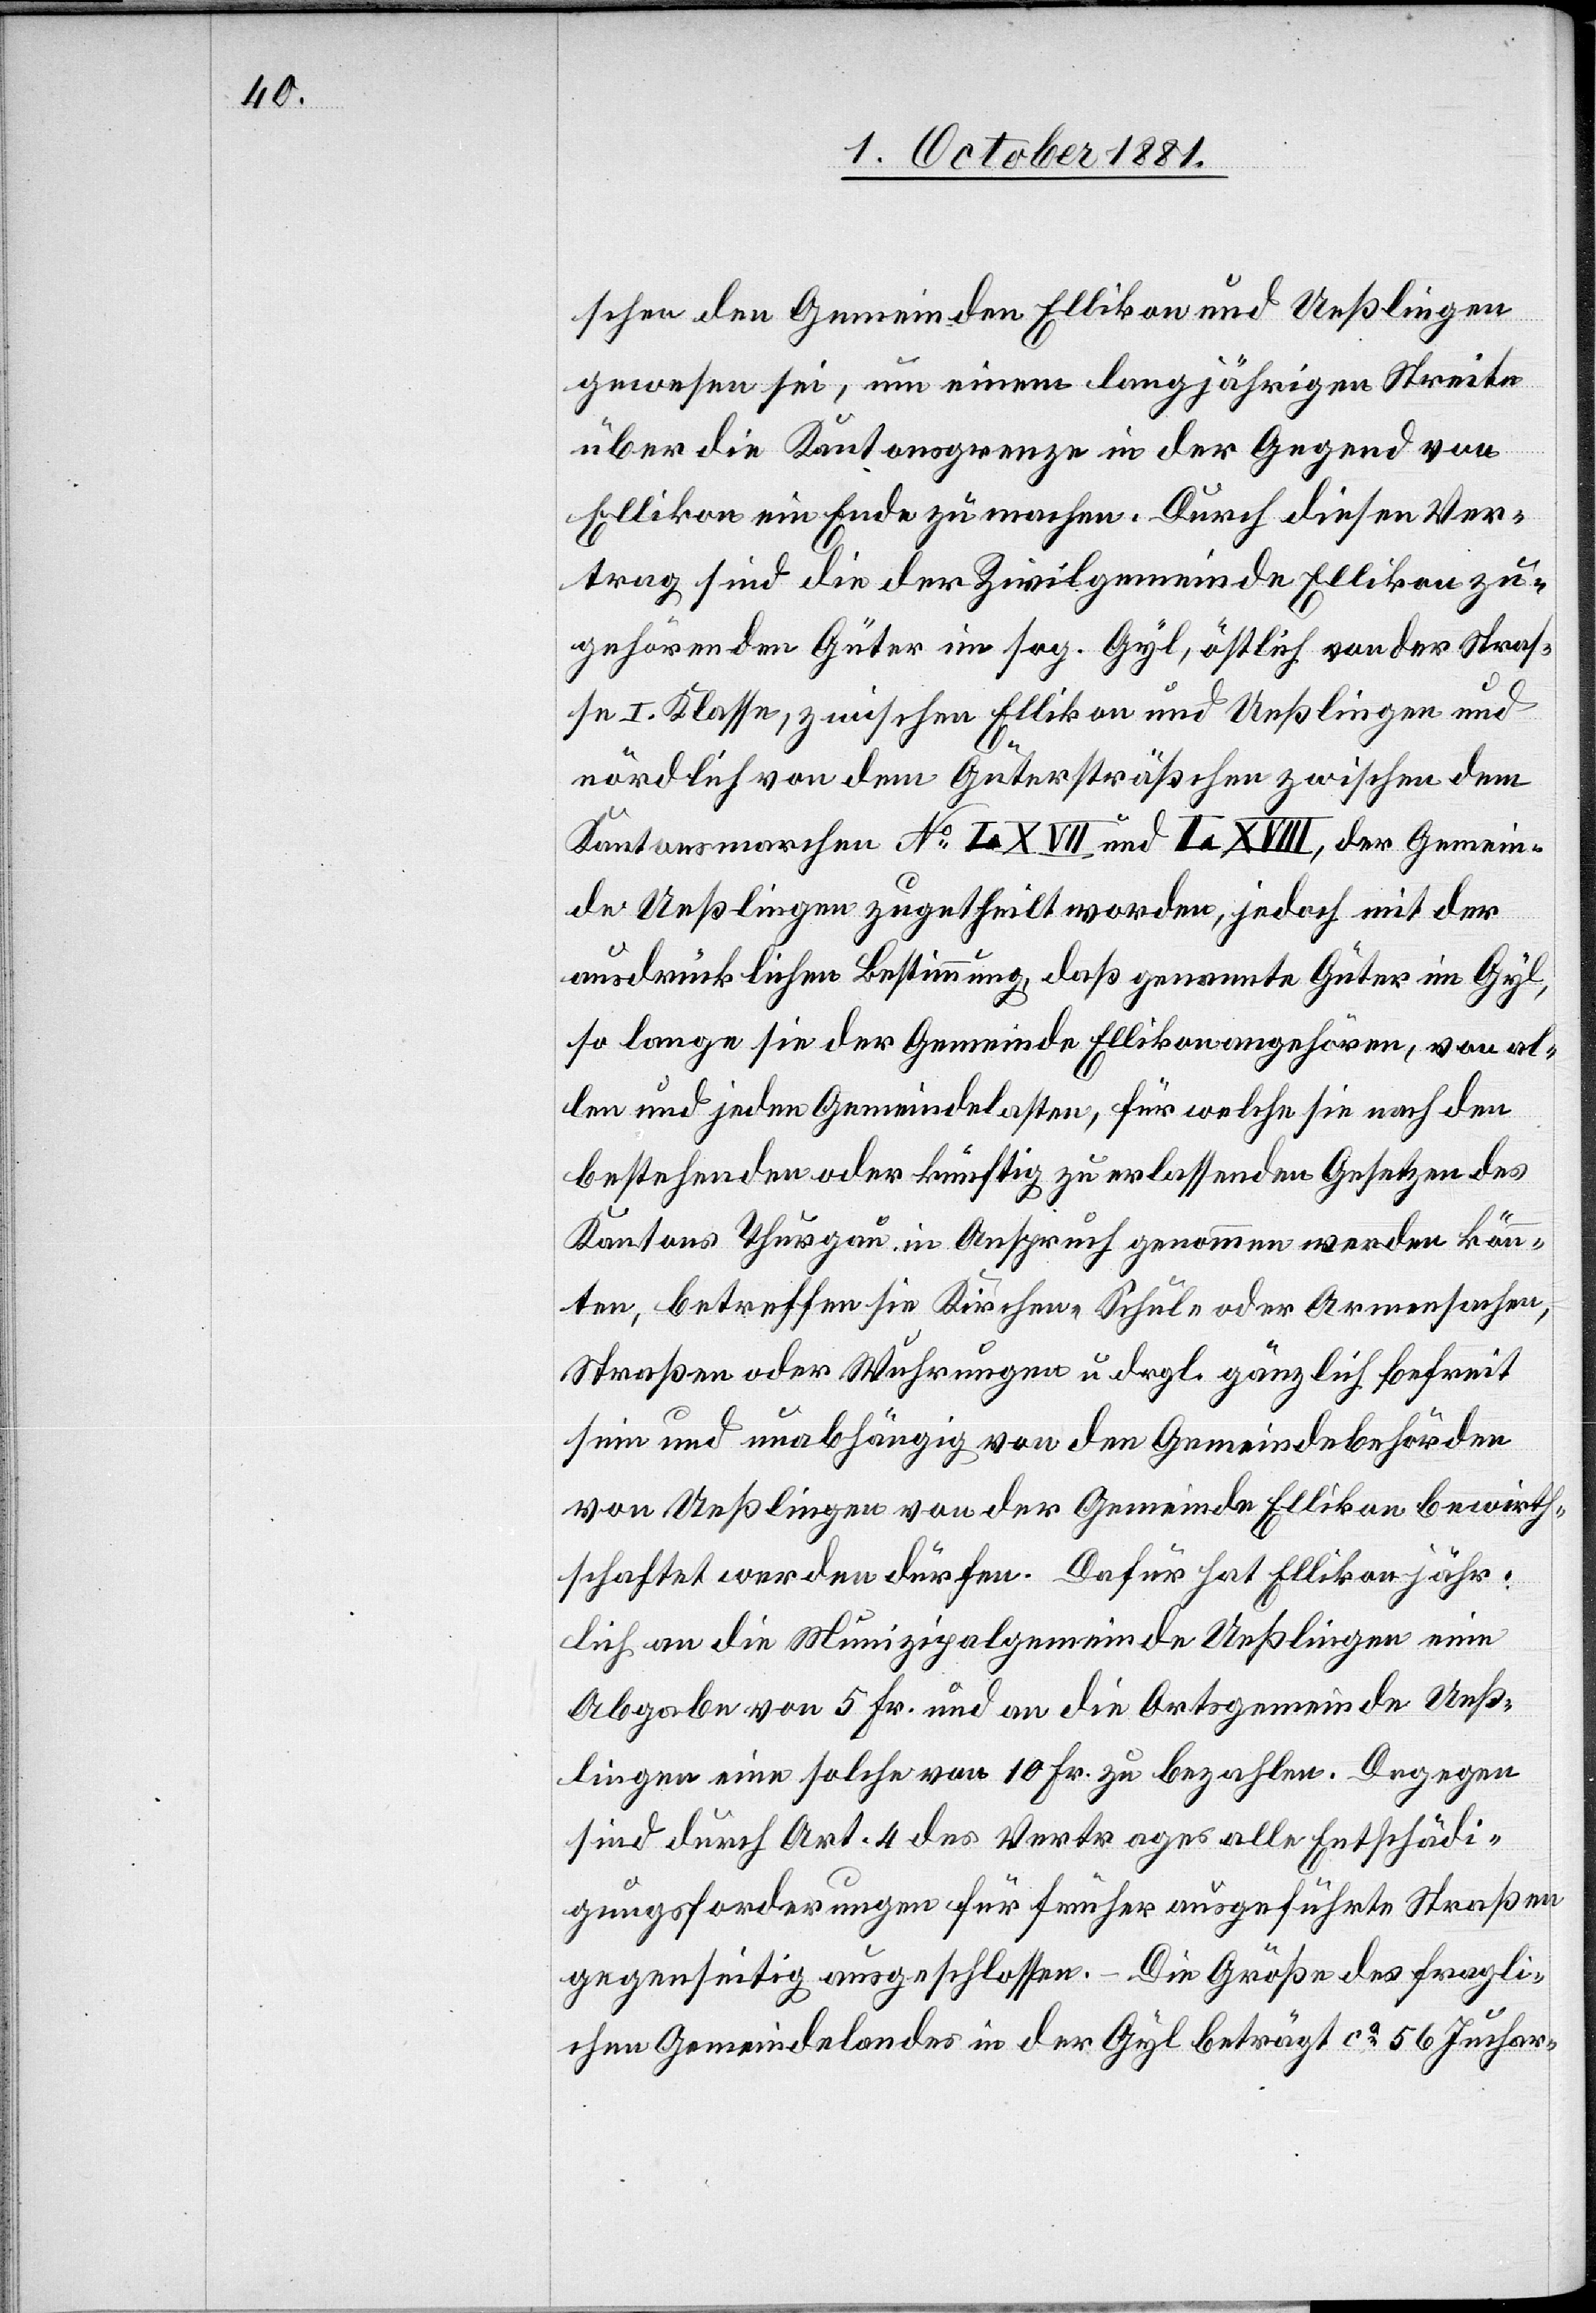
schen den Gemeinden Ellikon und Ueßlingen
gewesen sei, um einem langjährigen Streite
über die Kantonsgrenze in der Gegend von
Ellikon ein Ende zu machen. Durch diesen Ver¬
trag sind die der Zivilgemeinde Ellikon zu¬
gehörenden Güter im sog. Gyl, östlich von der Straß¬
e I. Klasse, zwischen Ellikon und Ueßlingen und
nördlich von dem Gütersträßchen zwischen den
Kantonsmarchen No LXVII und LXVIII, der Gemein¬
de Ueßlingen zugetheilt worden, jedoch mit der
ausdrücklichen Bestimmung, daß genannte Güter im Gyl,
so lange sie der Gemeinde Ellikon angehören, von al¬
len und jeden Gemeindelasten, für welche sie nach den
bestehenden oder künftig zu erlassenden Gesetzen des
Kantons Thurgau in Anspruch genommen werden könn¬
ten, betreffen sie Kirchen-[,] Schul-oder Armensachen,
Straßen oder Wuhrungen u[.] drgl. gänzlich befreit
sein und unabhängig von den Gemeindebehörden
von Ueßlingen von der Gemeinde Ellikon bewirth¬
schaftet werden dürfen. Dafür hat Ellikon jähr¬
lich an die Munizipalgemeinde Ueßlingen eine
Abgabe von 5 Fr. und an die Ortsgemeinde Ueß¬
lingen eine solche von 10 Fr. zu bezahlen. Dagegen
sind durch Art. 4 des Vertrages alle Entschädi¬
gungsforderungen für früher ausgeführte Straßen
gegenseitig ausgeschlossen. – Die Größe des fragli¬
chen Gemeindelandes in der Gyl beträgt ca 56 Juchar-